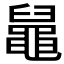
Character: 𪓢